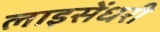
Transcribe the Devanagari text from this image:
लाइसेंधरी